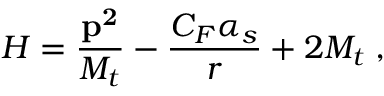
H = { \frac { \bf p ^ { 2 } } { M _ { t } } } - { \frac { C _ { F } \alpha _ { s } } { r } } + 2 M _ { t } \; ,